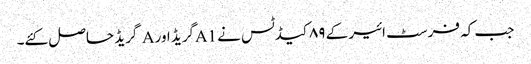
جب کہ فرسٹ ائیر کے ۸۹کیڈٹس نے A1گریڈ اور A گریڈ حاصل کئے۔